Cholera in India, 1862 to 1881
Year: 1862
Disease focus: Cholera
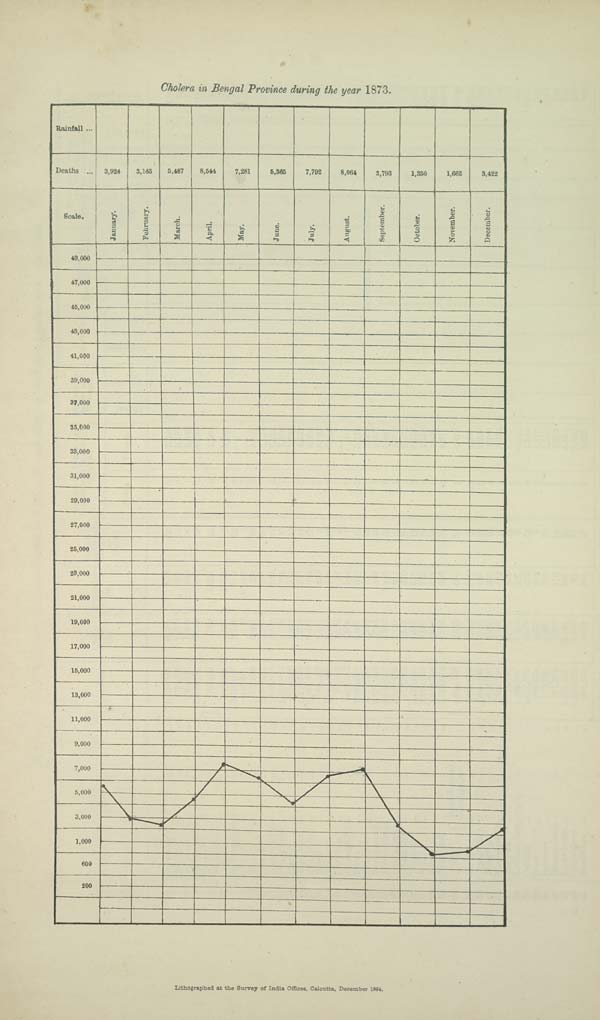
Cholera in Bengal Province during the year 1873.
Lithographed at the Survey of India Offices, Calcutta, December 1884.